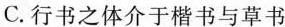
C.行书之体介于楷书与草书